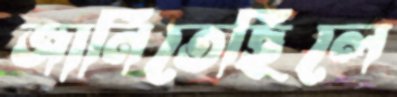
জানিতেছিলে